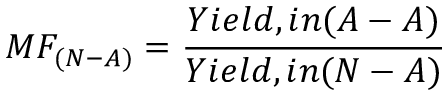
M F _ { ( N - A ) } = \frac { Y i e l d , i n ( A - A ) } { Y i e l d , i n ( N - A ) }